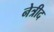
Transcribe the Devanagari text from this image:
नेत्रीद